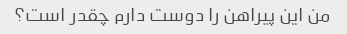
من این پیراهن را دوست دارم چقدر است؟